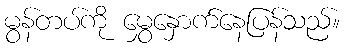
မွန်တပ်ကို မွှေနှောက်နေပြန်သည်။